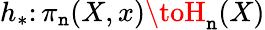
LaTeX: h_{*}\colon\pi_{\mathtt{n}}(X,x)\toH_{\mathtt{n}}(X)